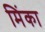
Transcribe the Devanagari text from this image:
मिंका